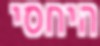
היחסי